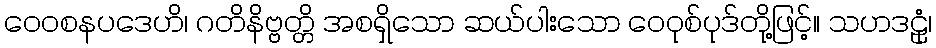
ဝေဝစနပဒေဟိ၊ ဂတိနိဗ္ဗတ္တိ အစရှိသော ဆယ်ပါးသော ဝေဝုစ်ပုဒ်တို့ဖြင့်။ သဟဒဠုံ၊